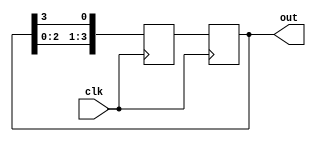
module ring_counter(
  input wire clk,
  output reg [3:0] out
);

reg [3:0] next_out;

always @(posedge clk) begin
  next_out <= {out[2:0], out[3]};
end

always @(posedge clk) begin
  out <= next_out;
end

endmodule